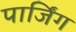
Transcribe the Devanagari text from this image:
पार्जिंग